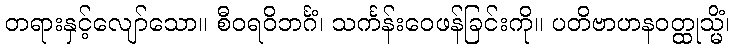
တရားနှင့်လျော်သော။ စီဝရဝိဘင်္ဂံ၊ သင်္ကန်းဝေဖန်ခြင်းကို။ ပတိဗာဟနဝတ္ထုသ္မိံ၊